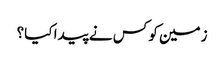
زمین کو کس نے پیدا کیا؟